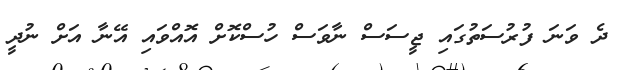
ދެ ވަނަ ފުރުސަތުގައި ޖީސަސް ނާވަސް ހުސްކޮށް އޮއްވައި އޭނާ އަށް ނުދީ